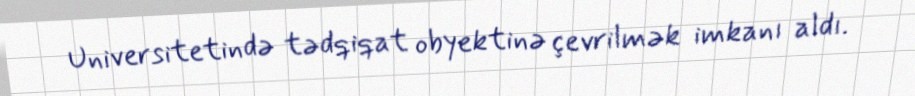
Universitetində tədqiqat obyektinə çevrilmək imkanı aldı.